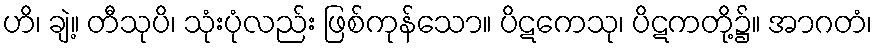
ဟိ၊ ချဲ့။ တီသုပိ၊ သုံးပုံလည်း ဖြစ်ကုန်သော။ ပိဋကေသု၊ ပိဋကတို့၌။ အာဂတံ၊